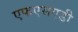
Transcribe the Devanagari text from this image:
एफएसएडी